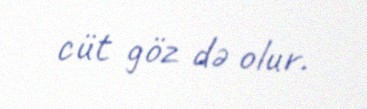
cüt göz də olur.